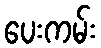
ပေးကမ်း